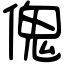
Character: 傀